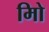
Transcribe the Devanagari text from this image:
मिो